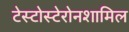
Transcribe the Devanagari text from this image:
टेस्टोस्टेरोनशामिल